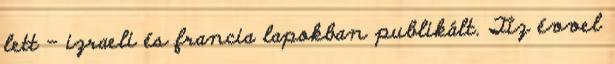
lett – izraeli és francia lapokban publikált. Tíz évvel